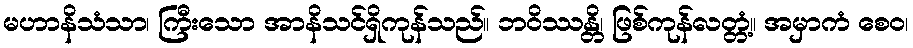
မဟာနိသံသာ၊ ကြီးသော အာနိသင်ရှိကုန်သည်။ ဘဝိဿန္တိ၊ ဖြစ်ကုန်လတ္တံ့။ အမှာကံ စေဝ၊